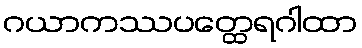
ဂယာကဿပတ္ထေရဂါထာ